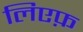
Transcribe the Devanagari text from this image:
लिएफ़